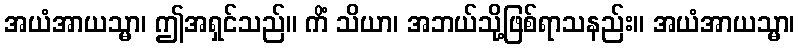
အယံအာယသ္မာ၊ ဤအရှင်သည်။ ကိံ သိယာ၊ အဘယ်သို့ဖြစ်ရာသနည်း။ အယံအာယသ္မာ၊